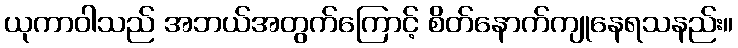
ယုကာဝါသည် အဘယ်အတွက်ကြောင့် စိတ်နောက်ကျုနေရသနည်း။